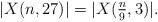
LaTeX: \begin{align*} |X(n,27)| = |X(\tfrac{n}{9},3)|. \end{align*}